Civil Veterinary Dept. Bombay admin report 1914-1922 - 1914-1922
Year: 1914
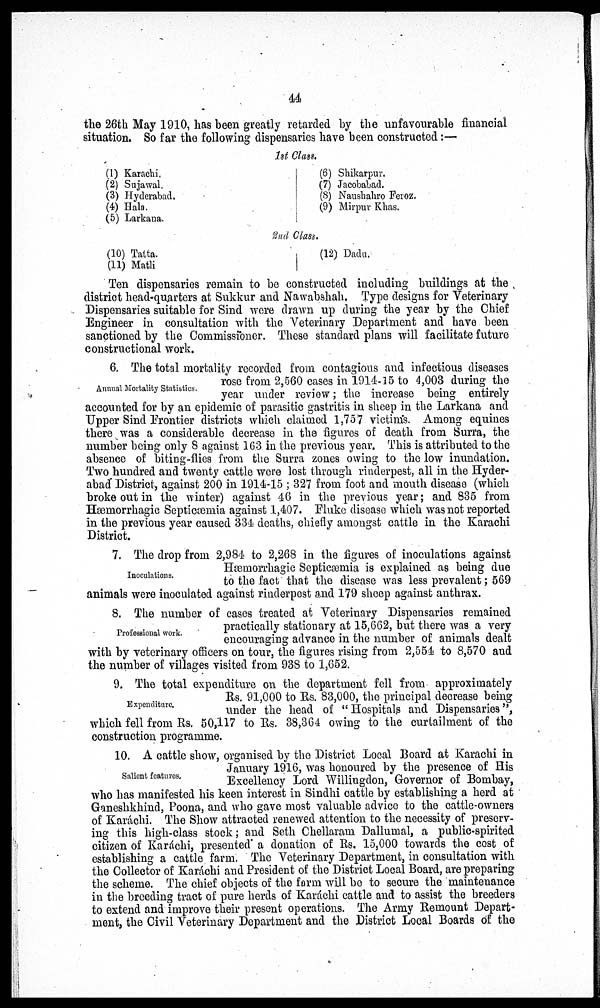
44
the 26th May 1910, has been greatly retarded by the unfavourable financial
situation. So far the following dispensaries have been constructed:—
1st Class.
(1) Karachi.
(2) Sujawal.
(3) Hyderabad.
(4) Hala.
(5) Larkana.
(6) Shikarpur.
(7) Jacobabad.
(8) Naushahro Feroz.
(9) Mirpur Khas.
2nd Class.
(10) Tatta.
(11) Matli
(12) Dadu.
Ten dispensaries remain to be constructed including buildings at the
district head-quarters at Sukkur and Nawabshah. Type designs for Veterinary
Dispensaries suitable for Sind were drawn up during the year by the Chief
Engineer in consultation with the Veterinary Department and have been
sanctioned by the Commissioner. These standard plans will facilitate future
constructional work.
Annual Mortality Statistics.
6. The total mortality recorded from contagious and infectious diseases
rose from 2,560 cases in 1914-15 to 4,003 during the
year under review; the increase being entirely
accounted for by an epidemic of parasitic gastritis in sheep in the Larkana and
Upper Sind Frontier districts which claimed 1,757 victims. Among equines
there was a considerable decrease in the figures of death from Surra, the
number being only 8 against 163 in the previous year. This is attributed to the
absence of biting-flies from the Surra zones owing to the low inundation.
Two hundred and twenty cattle were lost through rinderpest, all in the Hyder-
abad District, against 200 in 1914-15; 327 from foot and mouth disease (which
broke out in the winter) against 46 in the previous year; and 835 from
Hæmorrhagic Septicæmia against 1,407. Fluke disease which was not reported
in the previous year caused 334 deaths, chiefly amongst cattle in the Karachi
District.
Inoculations.
7. The drop from 2,984 to 2,268 in the figures of inoculations against
Hæmorrhagic Septicæmia is explained as being due
to the fact that the disease was less prevalent; 569
animals were inoculated against rinderpest and 179 sheep against anthrax.
Professional work.
8. The number of cases treated at Veterinary Dispensaries remained
practically stationary at 15,662, but there was a very
encouraging advance in the number of animals dealt
with by veterinary officers on tour, the figures rising from 2,554 to 8,570 and
the number of villages visited from 938 to 1,652.
Expenditure.
9. The total expenditure on the department fell from approximately
Rs. 91,000 to Rs. 83,000, the principal decrease being
under the head of "Hospitals and Dispensaries",
which fell from Rs. 50,117 to Rs. 38,364 owing to the curtailment of the
construction programme.
Salient features.
10. A cattle show, organised by the District Local Board at Karachi in
January 1916, was honoured by the presence of His
Excellency Lord Willingdon, Governor of Bombay,
who has manifested his keen interest in Sindhi cattle by establishing a herd at
Ganeshkhind, Poona, and who gave most valuable advice to the cattle-owners
of Karáchi. The Show attracted renewed attention to the necessity of preserv-
ing this high-class stock; and Seth Chellaram Dallumal, a public-spirited
citizen of Karáchi, presented a donation of Rs. 15,000 towards the cost of
establishing a cattle farm. The Veterinary Department, in consultation with
the Collector of Karáchi and President of the District Local Board, are preparing
the scheme. The chief objects of the form will be to secure the maintenance
in the breeding tract of pure herds of Karáchi cattle and to assist the breeders
to extend and improve their present operations. The Army Remount Depart-
ment, the Civil Veterinary Department and the District Local Boards of the